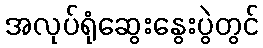
အလုပ်ရုံဆွေးနွေးပွဲတွင်